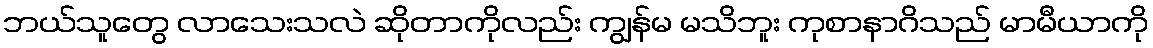
ဘယ်သူတွေ လာသေးသလဲ ဆိုတာကိုလည်း ကျွန်မ မသိဘူး ကုစာနာဂိသည် မာမီယာကို